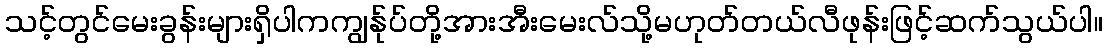
သင့်တွင်မေးခွန်းများရှိပါကကျွန်ုပ်တို့အားအီးမေးလ်သို့မဟုတ်တယ်လီဖုန်းဖြင့်ဆက်သွယ်ပါ။